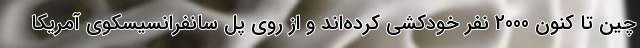
چین تا کنون 2000 نفر خودکشی کرده‌اند و از روی پل سانفرانسیسکوی آمریکا